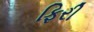
ફિરી